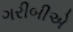
ગરીબીએ